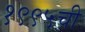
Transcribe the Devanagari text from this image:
१९९५ची